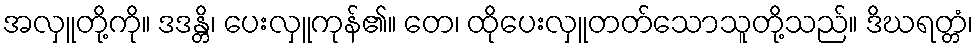
အလှူတို့ကို။ ဒဒန္တိ၊ ပေးလှူကုန်၏။ တေ၊ ထိုပေးလှူတတ်သောသူတို့သည်။ ဒိဃရတ္တံ၊